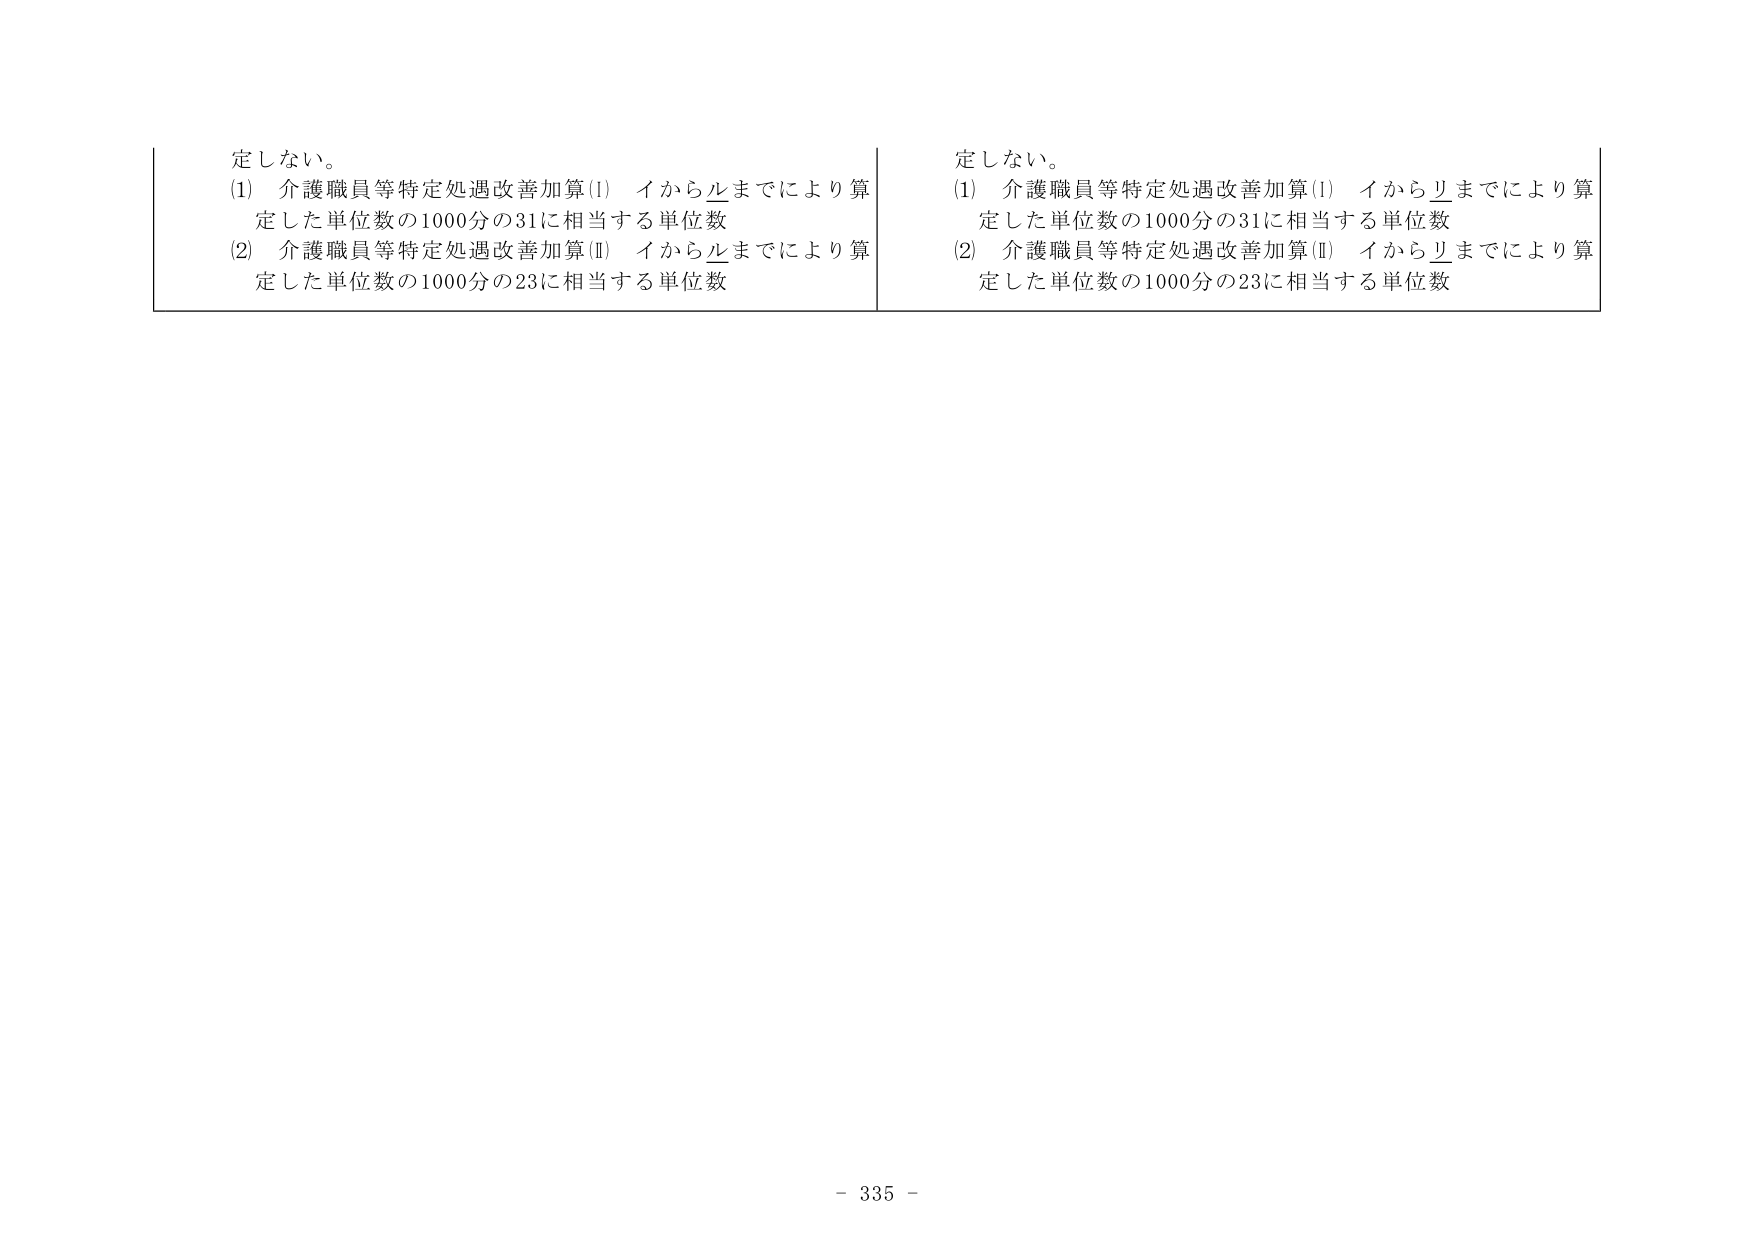
定しない。
(1) 介護職員等特定処遇改善加算(I) イからルまでにより算定した単位数の1000分の31に相当する単位数
(2) 介護職員等特定処遇改善加算(II) イからルまでにより算定した単位数の1000分の23に相当する単位数

定しない。
(1) 介護職員等特定処遇改善加算(I) イからリまでにより算定した単位数の1000分の31に相当する単位数
(2) 介護職員等特定処遇改善加算(II) イからリまでにより算定した単位数の1000分の23に相当する単位数

- 335 -